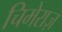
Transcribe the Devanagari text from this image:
चिमेराज़